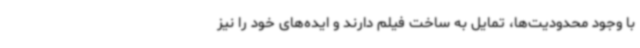
با وجود محدودیت‌ها، تمایل به ساخت فیلم دارند و ایده‌های خود را نیز